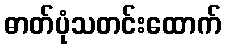
ဓာတ်ပုံသတင်းထောက်